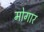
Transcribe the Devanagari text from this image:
मोगार